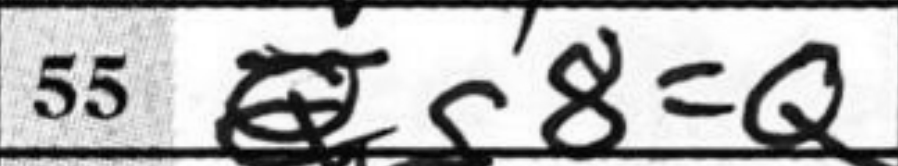
Transcription: g8=Q